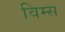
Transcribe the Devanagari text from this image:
विम्स